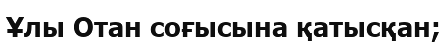
Ұлы Отан соғысына қатысқан;